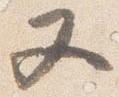
又